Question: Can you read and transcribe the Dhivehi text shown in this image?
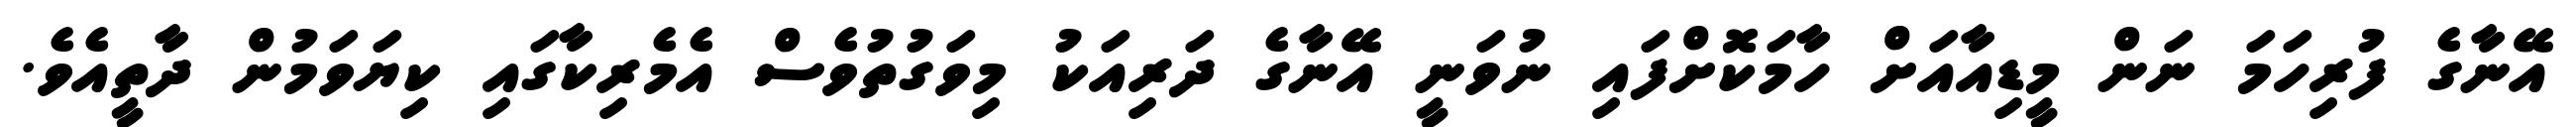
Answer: އޭނާގެ ފުރިހަމަ ނަން މީޑިއާއަށް ހާމަކޮށްފައި ނުވަނީ އޭނާގެ ދަރިއަކު މިވަގުތުވެސް އެމެރިކާގައި ކިޔަވަމުން ދާތީއެވެ.